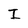
Character: I